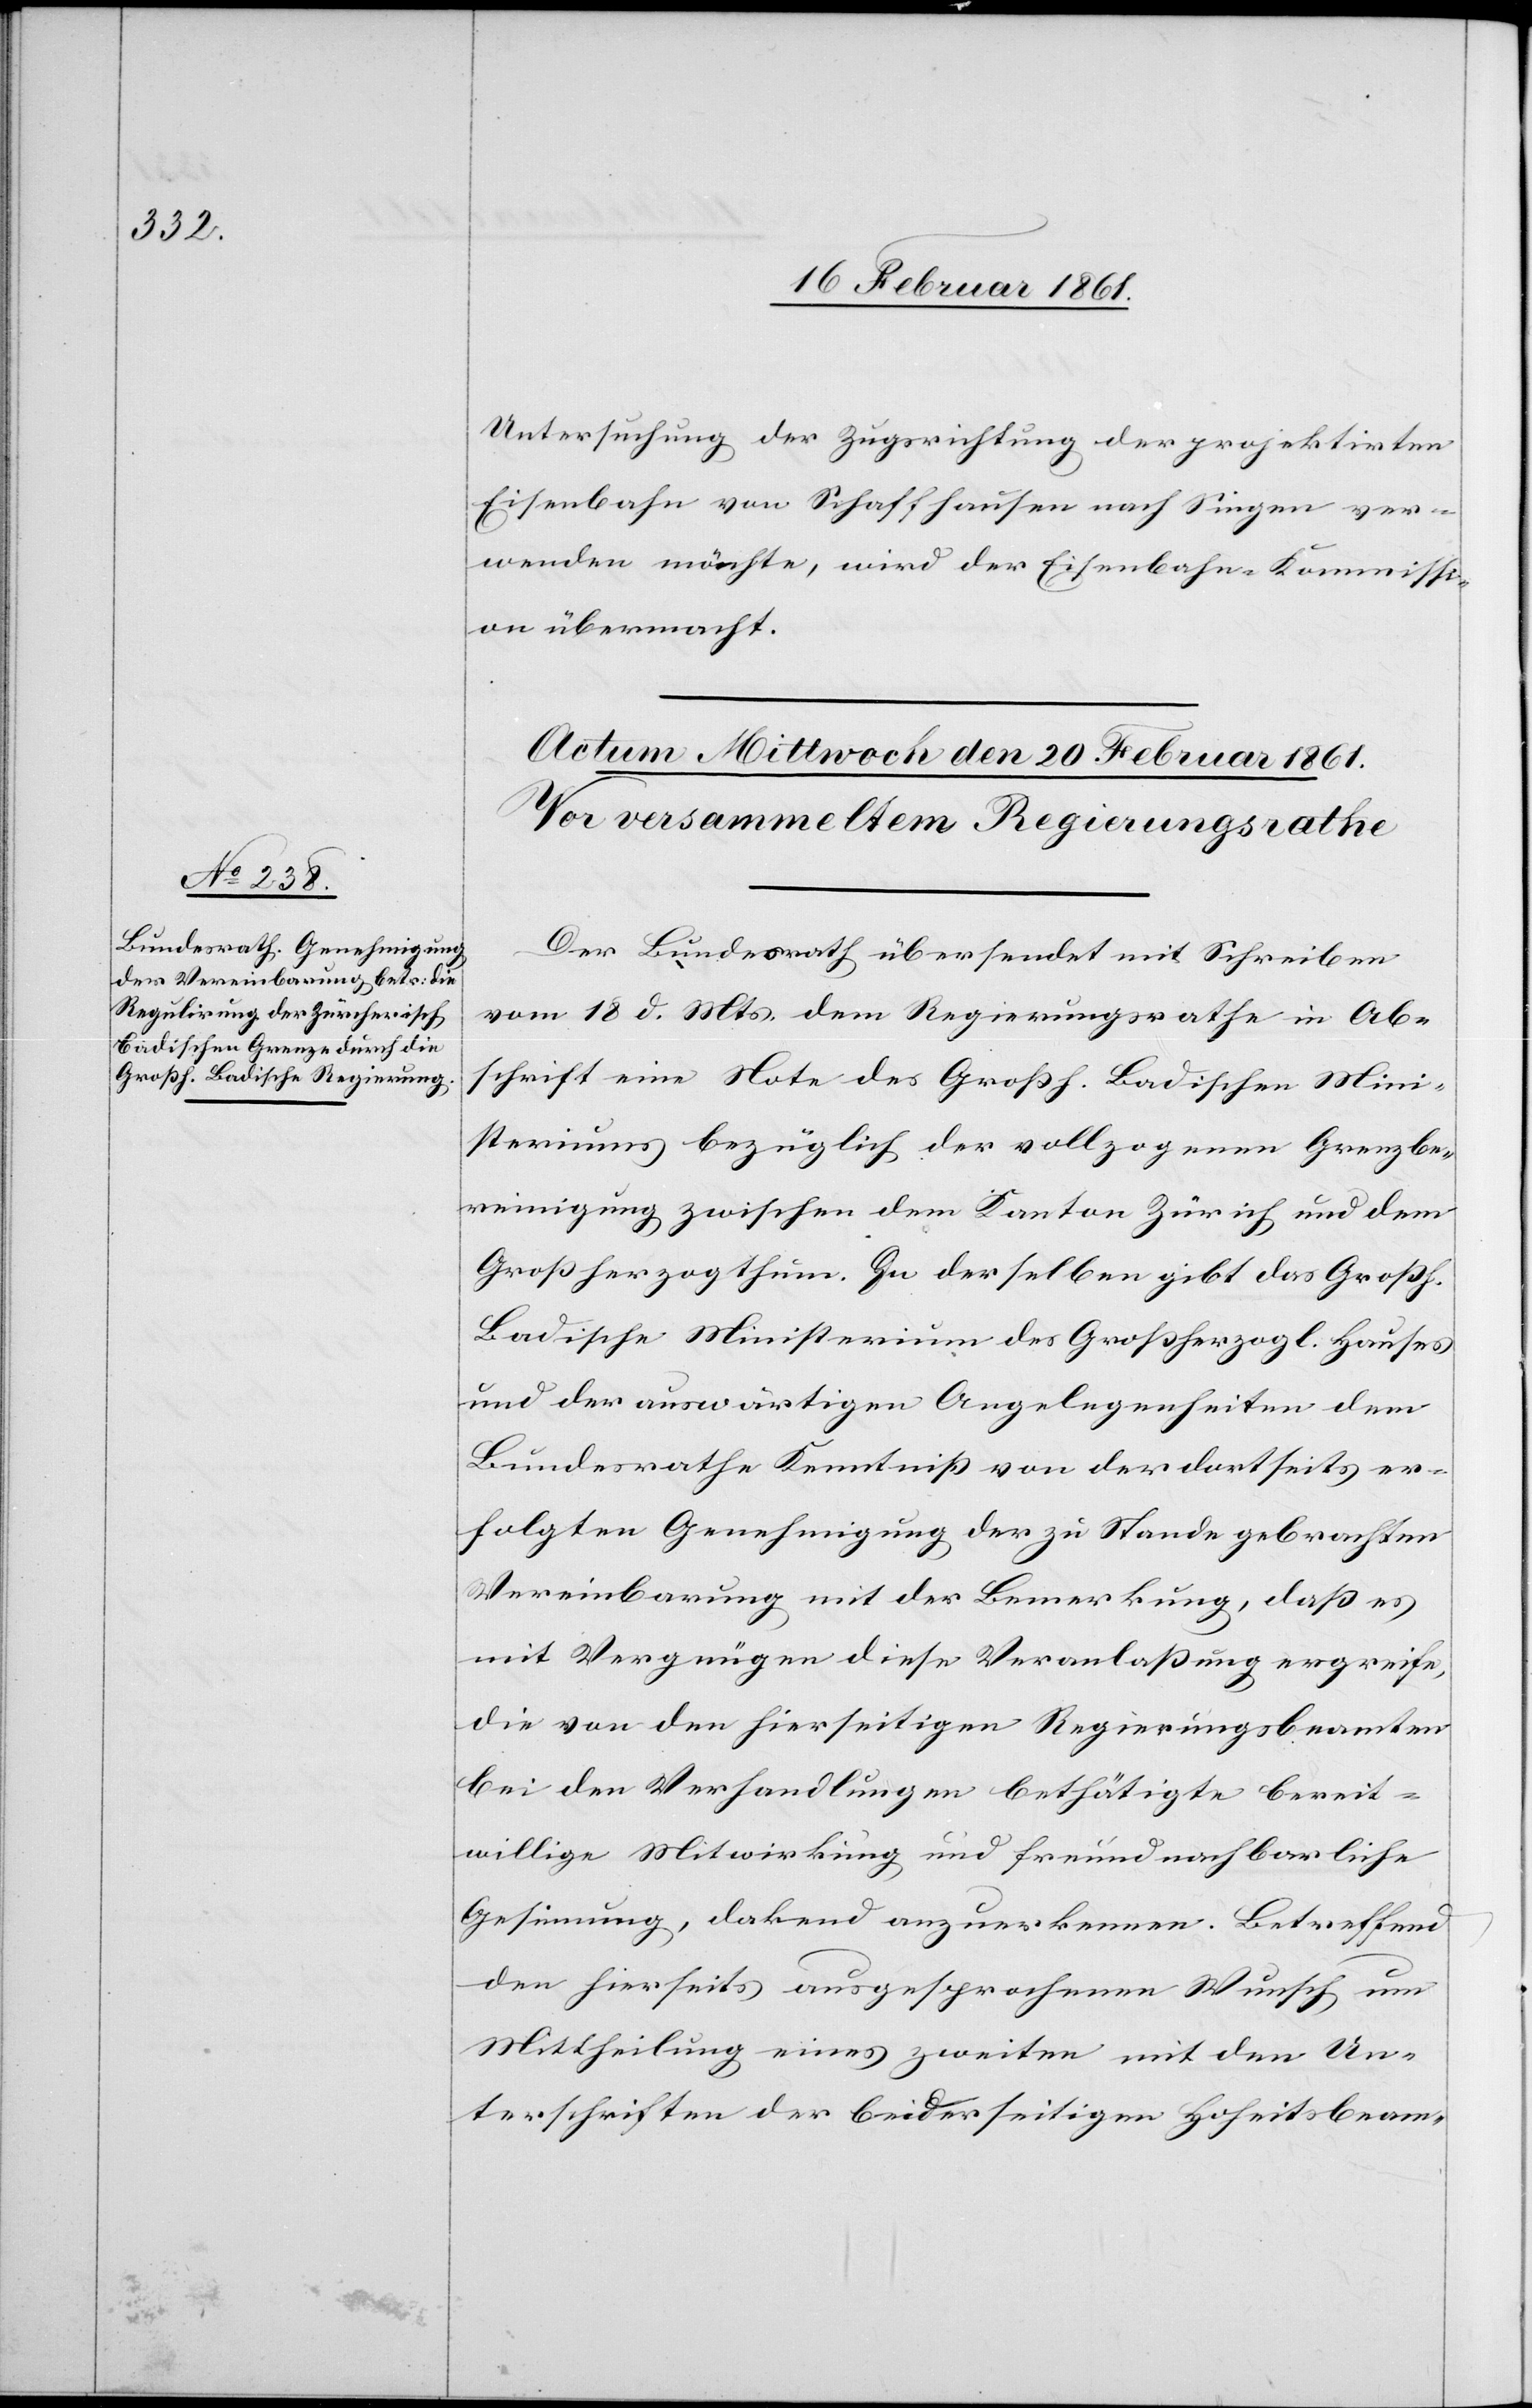
Untersuchung der Zugsrichtung der projektirten
Eisenbahn von Schaffhausen nach Singen ver¬
wenden möchte, wird der Eisenbahn-Kommissi¬
on übermacht.
Der Bundesrath übersendet mit Schreiben
vom 18. d. Mts. dem Regierungsrathe in Ab¬
schrift eine Note des Großh. Badischen Mini¬
steriums bezüglich der vollzogenen Grenzbe¬
reinigung zwischen dem Kanton Zürich und dem
Großherzogthum. In derselben gibt das Grossh.
Badische Ministerium des Grossherzogl. Hauses
und der auswärtigen Angelegenheiten dem
Bundesrathe Kenntniss von der dortseits er¬
folgten Genehmigung der zu Stande gebrachten
Vereinbarung mit der Bemerkung, dass es
mit Vergnügen diese Veranlassung ergreife,
die von den hierseitigen Regierungsbeamten
bei den Verhandlungen bethätigte bereit¬
willige Mitwirkung und freundnachbarliche
Gesinnung, da[n]kend anzuerkennen. Betreffend
den hierseits ausgesprochenen Wunsch um
Mittheilung eines zweiten mit den Un¬
terschriften der beiderseitigen Hoheitsbeam-